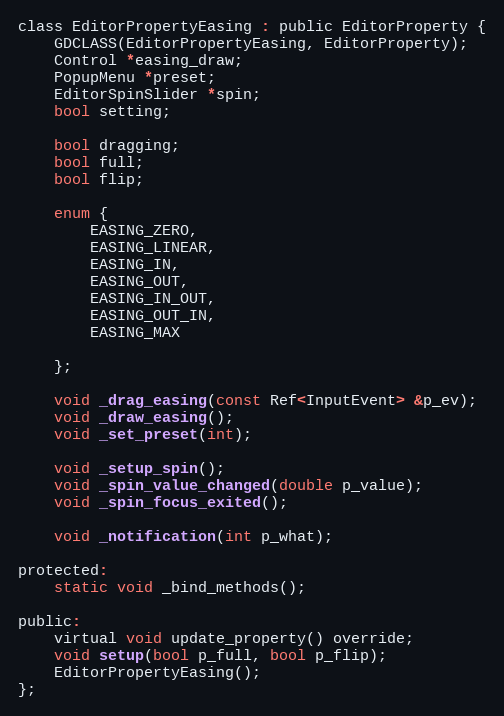
Language: C
class EditorPropertyEasing : public EditorProperty {
	GDCLASS(EditorPropertyEasing, EditorProperty);
	Control *easing_draw;
	PopupMenu *preset;
	EditorSpinSlider *spin;
	bool setting;

	bool dragging;
	bool full;
	bool flip;

	enum {
		EASING_ZERO,
		EASING_LINEAR,
		EASING_IN,
		EASING_OUT,
		EASING_IN_OUT,
		EASING_OUT_IN,
		EASING_MAX

	};

	void _drag_easing(const Ref<InputEvent> &p_ev);
	void _draw_easing();
	void _set_preset(int);

	void _setup_spin();
	void _spin_value_changed(double p_value);
	void _spin_focus_exited();

	void _notification(int p_what);

protected:
	static void _bind_methods();

public:
	virtual void update_property() override;
	void setup(bool p_full, bool p_flip);
	EditorPropertyEasing();
};